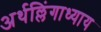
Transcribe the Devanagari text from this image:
अर्थल्लिंगाध्याय